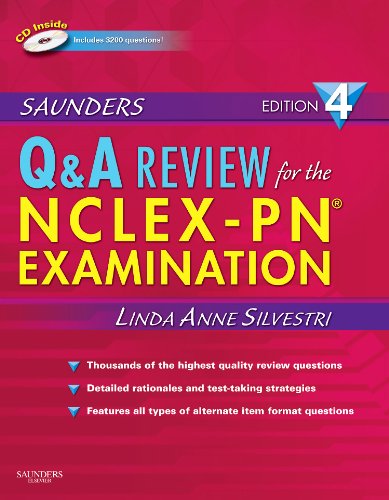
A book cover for Saunders Q & A Review for the NCLEX-PNÂ® Examination, 4e (Saunders Questions & Answers for NCLEX-PN); Linda Anne Silvestri PhD  RN; Medical Books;